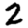
Digit: 2